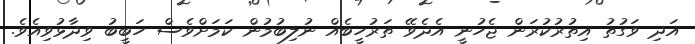
އަދި ވަގުތު އިތުރުކުރަން ޖެހުނީ އެދެވޭ ތަރުހީބެއް ނުލިބުމުން ކަމަށްވެސް ހަބީބު ވިދާޅުވިއެވެ.